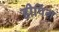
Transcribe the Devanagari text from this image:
डीपिंग